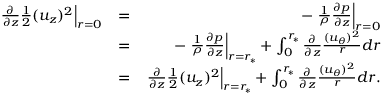
\begin{array} { r l r } { \left. { \frac { \partial } { \partial z } \frac { 1 } { 2 } ( u _ { z } ) ^ { 2 } } \right| _ { r = 0 } } & { = } & { - \left. { \frac { 1 } { \rho } \frac { \partial p } { \partial z } } \right| _ { r = 0 } } \\ & { = } & { - \left. { \frac { 1 } { \rho } \frac { \partial p } { \partial z } } \right| _ { r = r _ { \ast } } + \int _ { 0 } ^ { r _ { \ast } } \frac { \partial } { \partial z } \frac { ( u _ { \theta } ) ^ { 2 } } { r } d r } \\ & { = } & { \left. { \frac { \partial } { \partial z } \frac { 1 } { 2 } ( u _ { z } ) ^ { 2 } } \right| _ { r = r _ { \ast } } + \int _ { 0 } ^ { r _ { \ast } } \frac { \partial } { \partial z } \frac { ( u _ { \theta } ) ^ { 2 } } { r } d r . } \end{array}